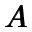
\pmb { A }